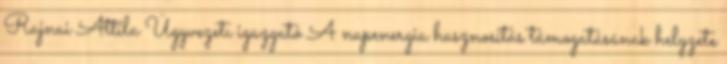
Rajnai Attila Ügyvezetı igazgató A napenergia hasznosítás támogatásának helyzete